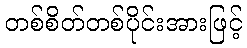
တစ်စိတ်တစ်ပိုင်းအားဖြင့်